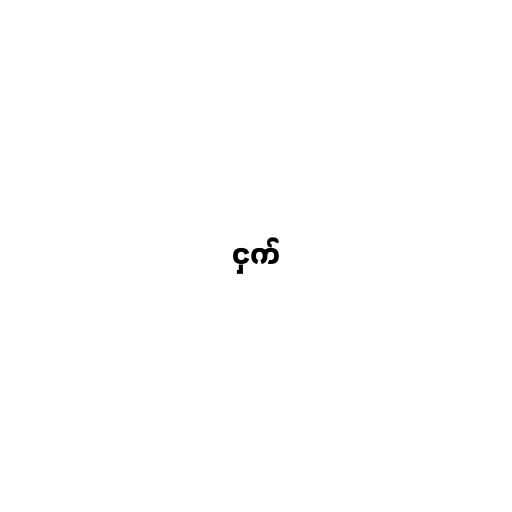
ငှက်